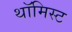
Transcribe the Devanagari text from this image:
थॉमिस्ट